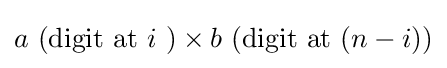
a{\text{ (digit at }}i{\text{ )}}\times b{\text{ (digit at }}(n-i){\text{)}}